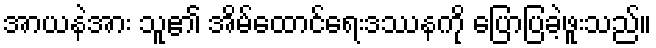
အာယနဲအား သူ၏ အိမ်ထောင်ရေးဒဿနကို ပြောပြခဲ့ဖူးသည်။